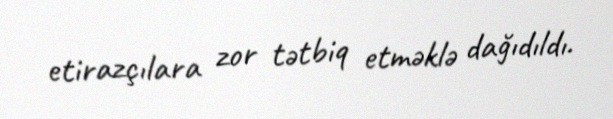
etirazçılara zor tətbiq etməklə dağıdıldı.